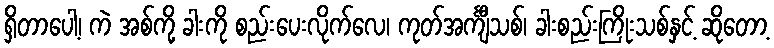
ရှိတာပေါ့၊ ကဲ အစ်ကို့ ခါးကို စည်းပေးလိုက်လေ၊ ကုတ်အင်္ကျီသစ်၊ ခါးစည်းကြိုးသစ်နှင့် ဆိုတော့